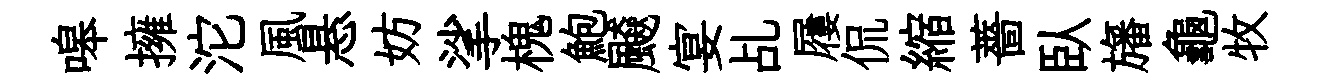
嗥擁沱風悬妨挲槐鮑飇宴乩屨侃縮薔臥旛龜牧